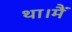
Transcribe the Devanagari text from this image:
था।मैं